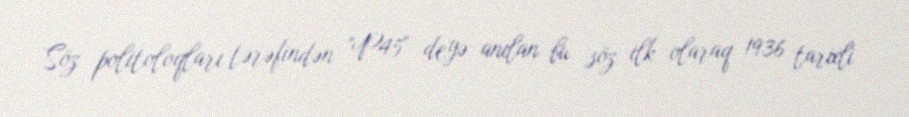
Söz politoloqları tərəfindən "P45" deyə anılan bu söz ilk olaraq 1936 tarixli